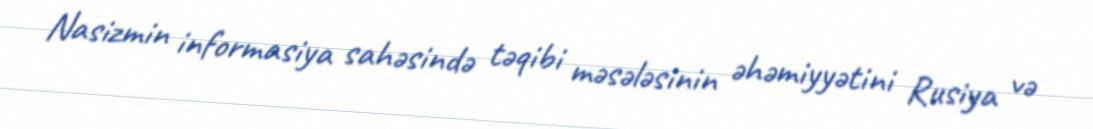
Nasizmin informasiya sahəsində təqibi məsələsinin əhəmiyyətini Rusiya və